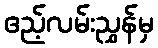
ဧည့်လမ်းညွှန်မှ